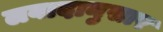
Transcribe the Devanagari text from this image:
लवादानुसार